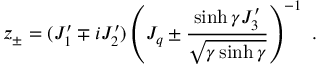
z _ { \pm } = ( J _ { 1 } ^ { \prime } \mp i J _ { 2 } ^ { \prime } ) \left( J _ { q } \pm \displaystyle \frac { \sinh \gamma J _ { 3 } ^ { \prime } } { \sqrt { \gamma \sinh \gamma } } \right) ^ { - 1 } ~ .